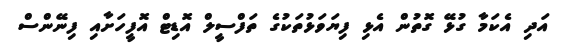
އަދި އެކަމާ ގުޅޭ ގޮތުން އެޅި ފިޔަވަޅުތަކުގެ ތަފްސީލް އޮޑިޓް އޮފީހަށާއި ފިނޭންސް